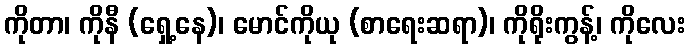
ကိုတာ၊ ကိုနီ (ရှေ့နေ)၊ မောင်ကိုယု (စာရေးဆရာ)၊ ကိုရိုးကွန့်၊ ကိုလေး